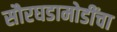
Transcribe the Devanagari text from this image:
सौरघडामोडींचा